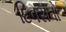
દિવસતો